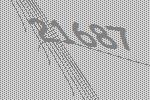
21687